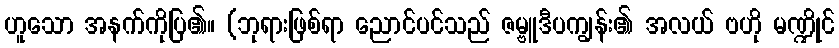
ဟူသော အနက်ကိုပြ၏။ (ဘုရားဖြစ်ရာ ညောင်ပင်သည် ဇမ္ဗူဒီပကျွန်း၏ အလယ် ဗဟို မဏ္ဍိုင်